Madras plague regulations and rules - Volume 1
Disease focus: Plague
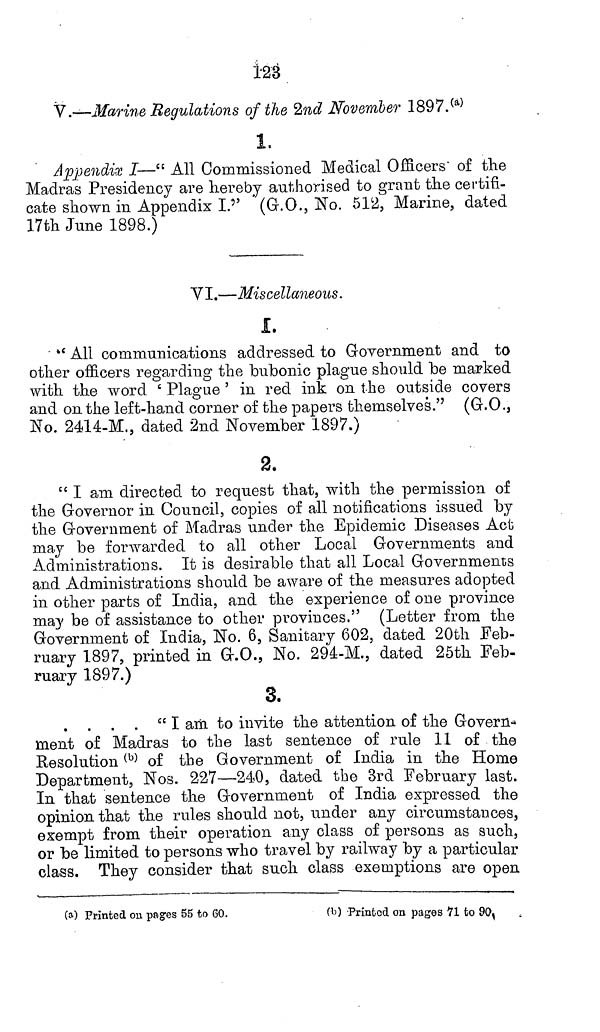
128
V.—Marine Regulations of the 2nd November 1897. (a)
i.
Appendix I—" All Commissioned Medical Officers" of the
Madras Presidency are hereby authorised to grant the certifi-
cate shown in Appendix I.'' (G.O., No. 512, Marine, dated
17th June 1898.)
VI.—Miscellaneous.
1.
" All communications addressed to Government and to
other officers regarding the bubonic plague should be marked
with the word ' Plague ' in red ink on the outside covers
and on the left-hand corner of the papers themselves." (G.O.,
No. 2414-M., dated 2nd November 1897.)
2.
" I am directed to request that, with the permission of
the Governor in Council, copies of all notifications issued by
the Government of Madras under the Epidemic Diseases Act
may be forwarded to all other Local Governments and
Administrations. It is desirable that all Local Governments
and Administrations should be aware of the measures adopted
in other parts of India, and the experience of one province
may be of assistance to other provinces." (Letter from the
Government of India, No. 6, Sanitary 602, dated 20th Feb-
ruary 1897, printed in G.O., No. 294-M., dated 25th Feb-
ruary 1897.)
3.
" I am to invite the attention of the Govern-
ment of Madras to the last sentence of rule 11 of the
Resolution (b) of the Government of India in the Home
Department, Nos. 227—240, dated the 3rd February last.
In that sentence the Government of India expressed the
opinion that the rules should not, under any circumstances,
exempt from their operation any class of persons as such,
or be limited to persons who travel by railway by a particular
class. They consider that such class exemptions are open
(a) Printed on pages 55 to 60.
(b) Printed on pages 71 to 90.